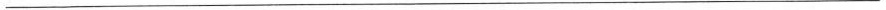
______